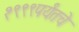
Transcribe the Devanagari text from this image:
१९९९पर्यंतचे